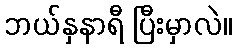
ဘယ်နှနာရီ ပြီးမှာလဲ။